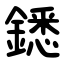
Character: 鏭